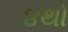
૪થો